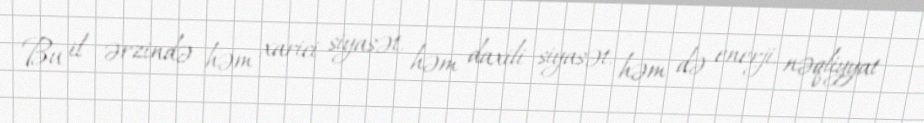
Bu il ərzində həm xarici siyasət, həm daxili siyasət, həm də enerji, nəqliyyat